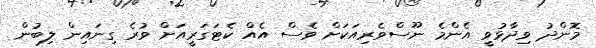
މޮންދު ވިދާޅުވީ އެންމެ ނޫސްވެރިއަކަށް ވެސް އެއް ކެޓަގަރީއަށް ވުރެ ގިނައިން ލިބުން